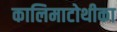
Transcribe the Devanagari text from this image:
कालिमाटोथीका